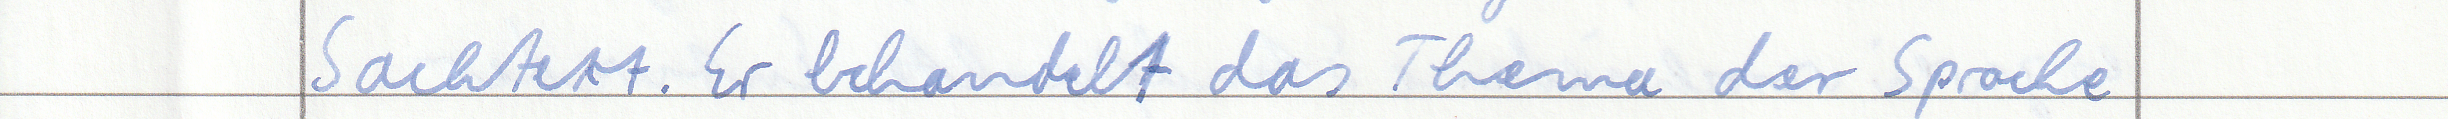
Sachtext. Er behandelt das Thema der Sprache